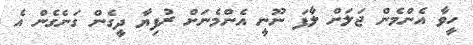
ހީވާ އެންމެން ޖަލަށް ލާފަ ނޫނީ އެންމެނަށް ރުފިޔާ ދީގެން ގަނެގެން އެ